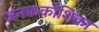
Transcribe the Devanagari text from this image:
जनककोशिका